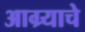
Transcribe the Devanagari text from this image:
आग्र्याचे